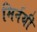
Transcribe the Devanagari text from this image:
मिर्नयी